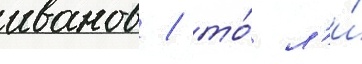
иванов / то́ л'и́